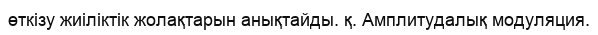
өткізу жиіліктік жолақтарын анықтайды. қ. Амплитудалық модуляция.